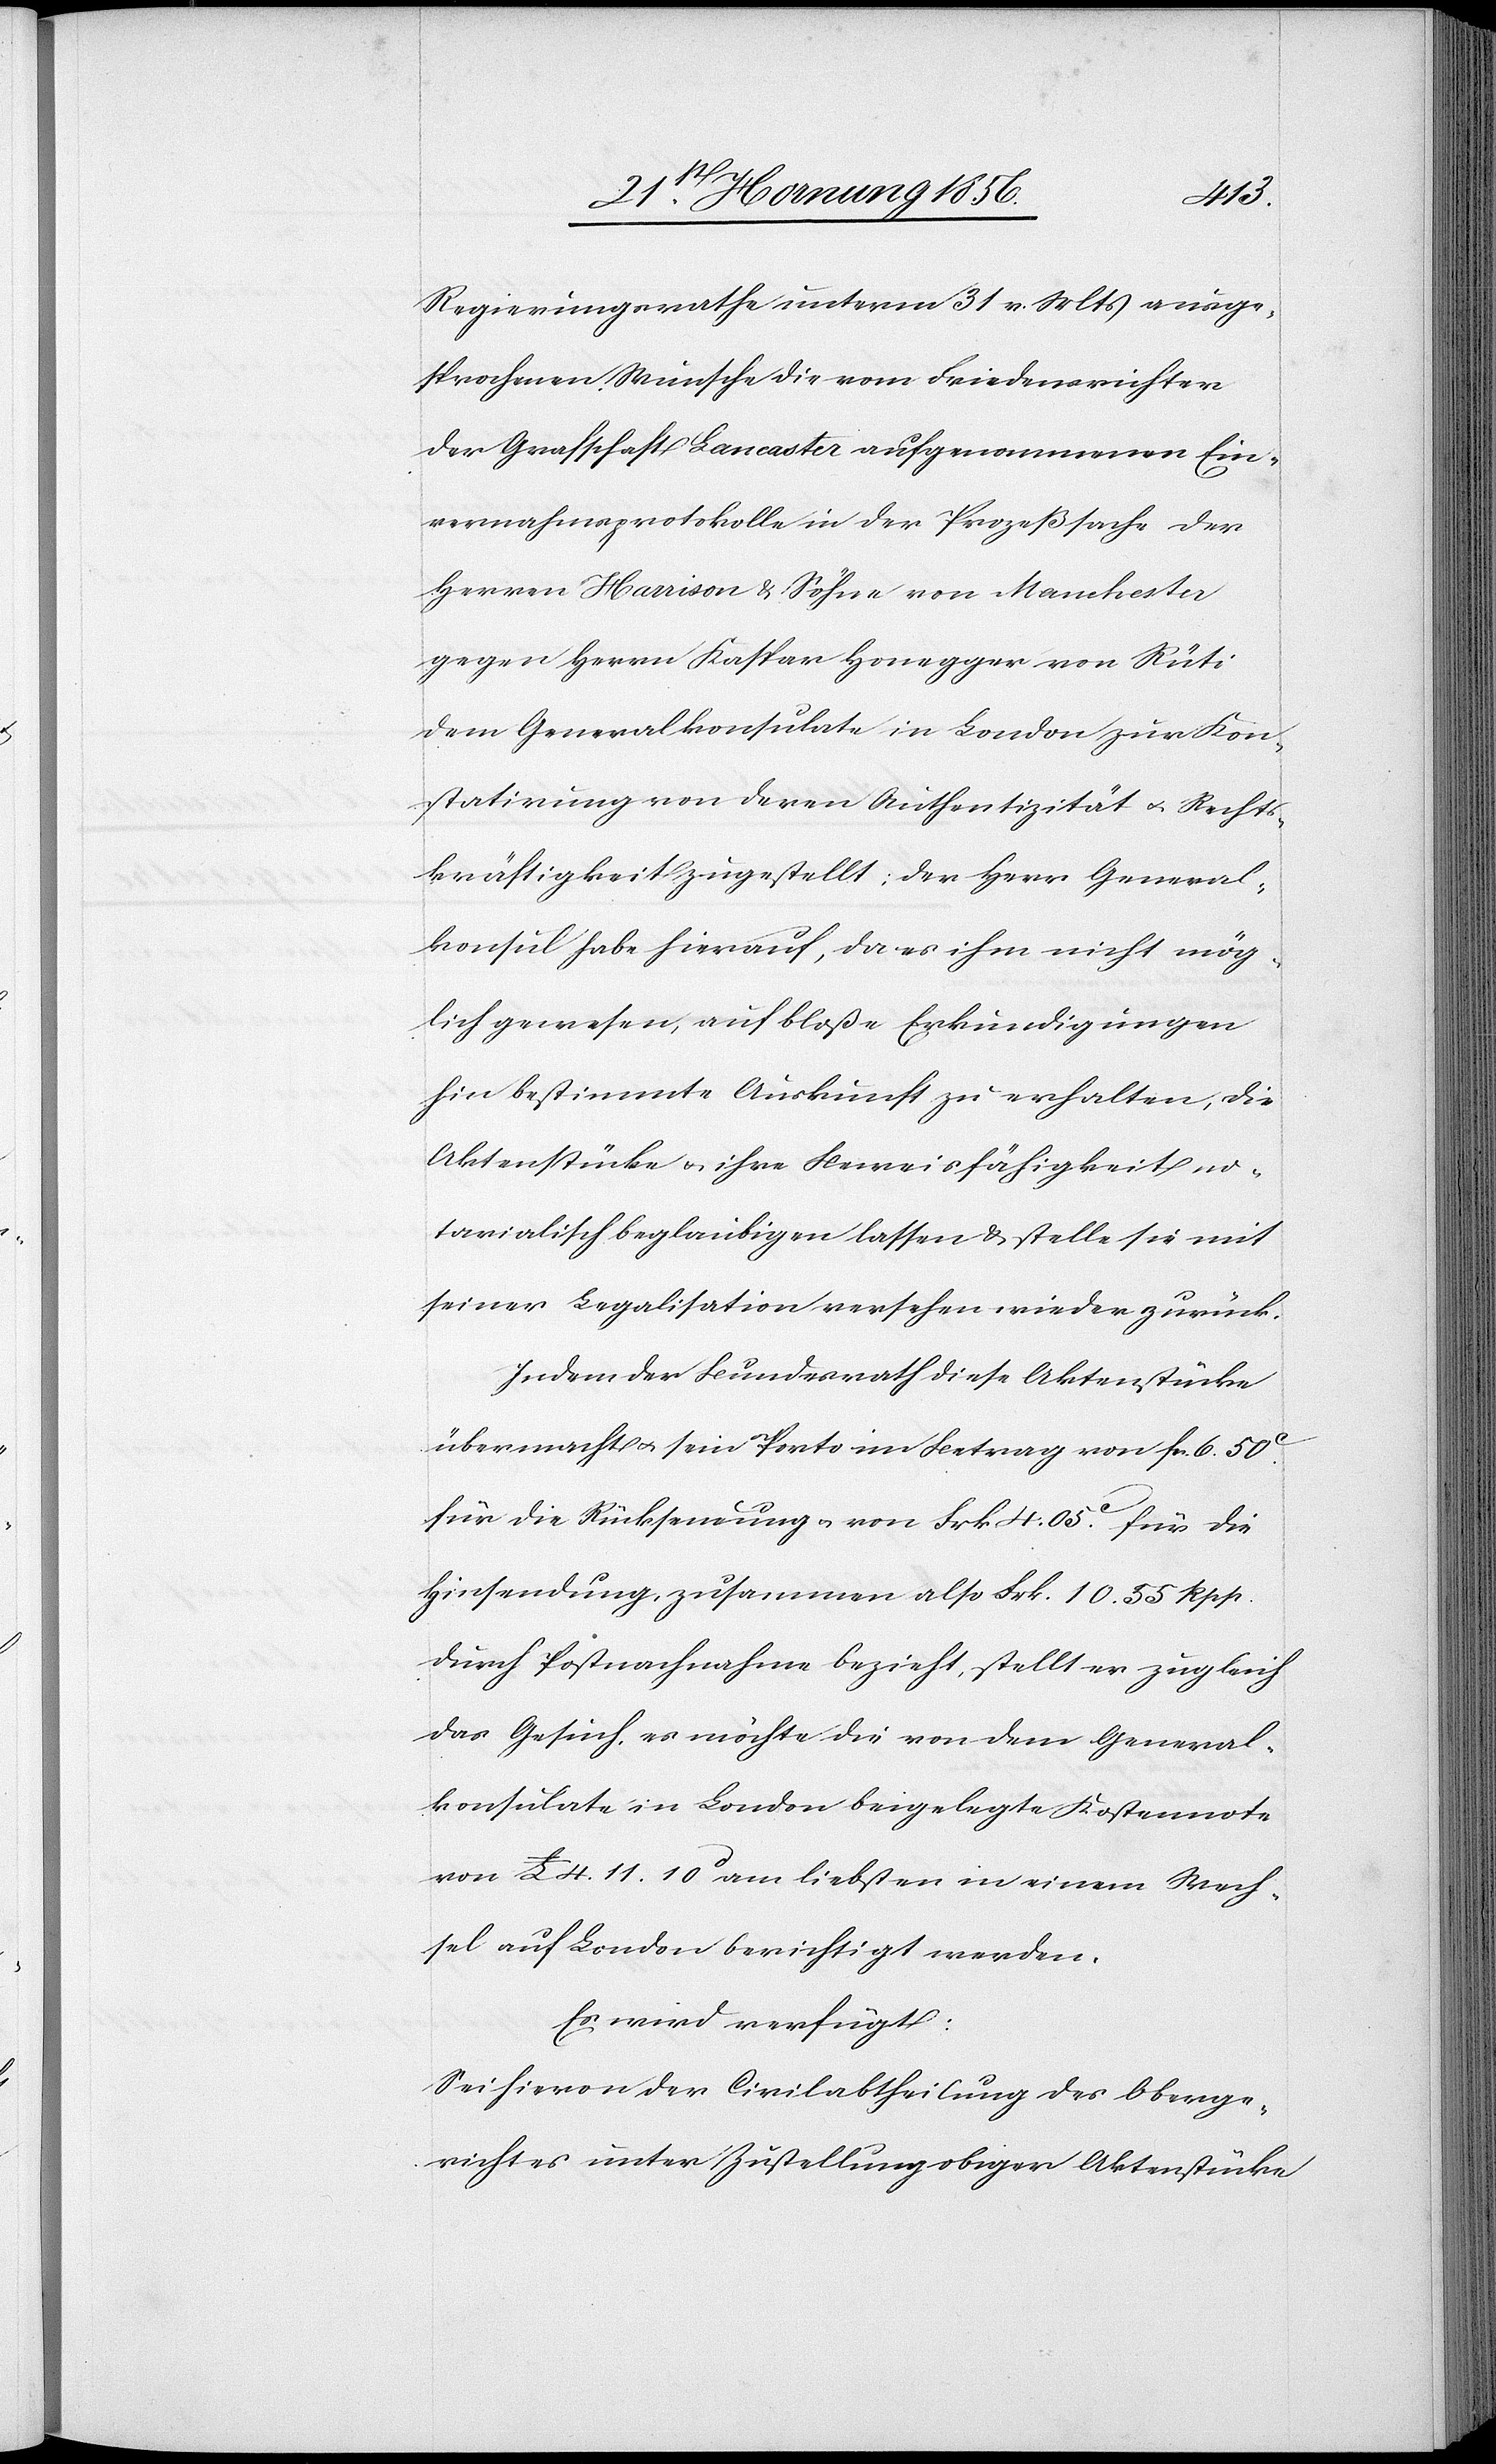
Regierungsrathe unterm 31 v. Mts ausge¬
sprochenen Wunsche die vom Friedensrichter
der Grafschaft Lancaster aufgenommenen Ein¬
vernahmsprotokolle in der Prozeßsache der
Herren Harrison & Söhne von Manchester
gegen Herrn Kaspar Honegger von Rüti
dem Generalkonsulate in London zur Kon¬
statirung von deren Authentizität u. Rechts¬
kräftigkeit zugestellt; der Herr General¬
konsul habe hierauf, da es ihm nicht mög¬
lich gewesen, auf bloße Erkundigungen
hin bestimmte Auskunft zu erhalten; die
Aktenstücke u. ihre Beweisfähigkeit no¬
tarialisch beglaubigen lassen & stellt sie mit
seiner Legalisation versehen wieder zurück.
Indem der Bundesrath diese Aktenstücke
übermacht u. sein Porto im Betrag von fcs. 6. 50c.
für die Rücksendung von Frk 4. 05c. für die
Hinsendung, zusammen also Frk. 10. 55 Rpp.
durch Postnachnahme bezieht, stellt er zugleich
das Gesuch, es möchte die von dem General¬
konsulate in London beigelegte Kostennote
von £ 4. 11. 10d am liebsten in einem Wech¬
sel auf London berichtigt werden.
Es wird verfügt:
Sei hievon der Civilabtheilung des Oberge¬
richtes unter Zustellung obiger Aktenstücke